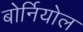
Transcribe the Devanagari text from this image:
बोर्नियोल